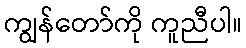
ကျွန်တော်ကို ကူညီပါ။